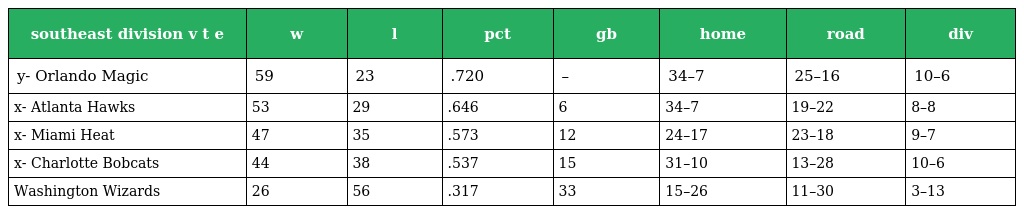
| southeast division v t e | w | l | pct | gb | home | road | div |
 | --- | --- | --- | --- | --- | --- | --- | --- |
 | y- Orlando Magic | 59 | 23 | .720 | – | 34–7 | 25–16 | 10–6 |
 | x- Atlanta Hawks | 53 | 29 | .646 | 6 | 34–7 | 19–22 | 8–8 |
 | x- Miami Heat | 47 | 35 | .573 | 12 | 24–17 | 23–18 | 9–7 |
 | x- Charlotte Bobcats | 44 | 38 | .537 | 15 | 31–10 | 13–28 | 10–6 |
 | Washington Wizards | 26 | 56 | .317 | 33 | 15–26 | 11–30 | 3–13 |